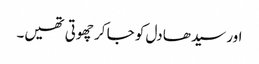
اور سیدھا دل کو جا کر چھوتی تھیں۔